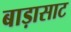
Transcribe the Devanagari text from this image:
बाड़ासाट